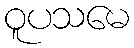
ဝူပသမေ